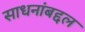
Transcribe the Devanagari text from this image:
साधनांबद्दल